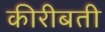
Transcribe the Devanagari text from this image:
कीरीबती